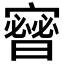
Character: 𱚙